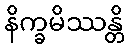
နိက္ခမိဿန္တိ